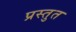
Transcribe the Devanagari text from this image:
प्रस्‍तुत